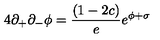
4 \partial _ { + } \partial _ { - } \phi = { \frac { ( 1 - 2 c ) } { e } } e ^ { \phi + \sigma }